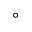
^ \circ